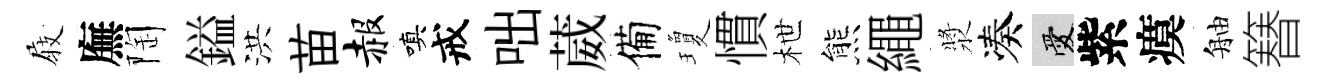
𡲆廡陶鎰洪苗赧嗔戒咄葳備瓊慣枻熊繩漿凑愛紫瘼舳簮